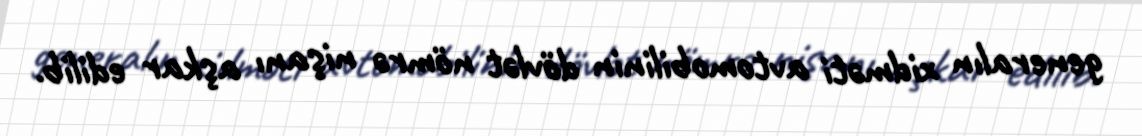
generalın xidməti avtomobilinin dövlət nömrə nişanı aşkar edilib.